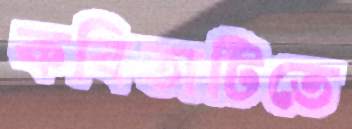
কবিতাটিতে